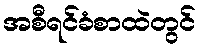
အစီရင်ခံစာထဲတွင်